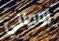
روحاني